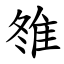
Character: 䧷